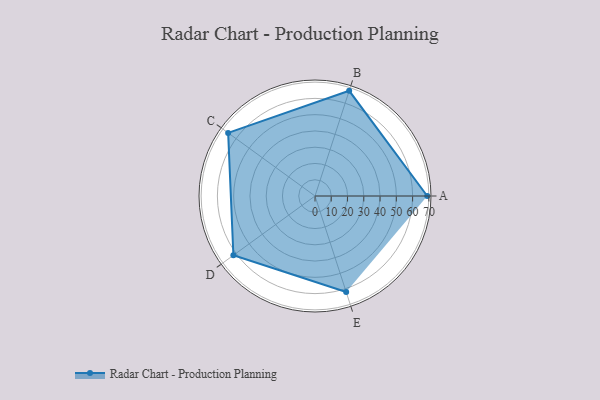
{"axis": {"x": "Skill", "y": "Score"}, "legend": ["Profile"], "data": [{"x": "A", "y": 69.0, "type": "Profile"}, {"x": "B", "y": 68.0, "type": "Profile"}, {"x": "C", "y": 66.0, "type": "Profile"}, {"x": "D", "y": 62.0, "type": "Profile"}, {"x": "E", "y": 62.0, "type": "Profile"}]}